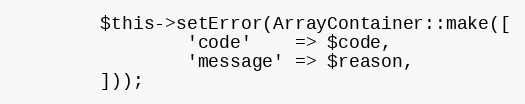
Language: PHP
        $this->setError(ArrayContainer::make([
                'code'    => $code,
                'message' => $reason,
        ]));